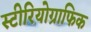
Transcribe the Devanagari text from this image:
स्टीरियोग्राफिक